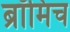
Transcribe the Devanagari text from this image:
ब्रॉमिच